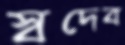
স্বদেব